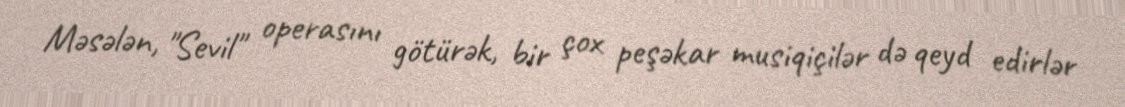
Məsələn, "Sevil" operasını götürək, bir çox peşəkar musiqiçilər də qeyd edirlər